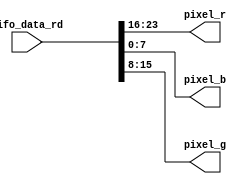
`timescale 1ns / 1ps
//////////////////////////////////////////////////////////////////////////////////
// Company: 
// Engineer: 
// 
// Design Name: 
// Module Name:    RD_FIFO 
// Project Name: 
// Target Devices: 
// Tool versions: 
// Description: 
//
// Dependencies: 
//
// Revision: 
// Revision 0.01 - File Created
// Additional Comments: 
//
//////////////////////////////////////////////////////////////////////////////////
module RD_FIFO(
	fifo_data_rd,
	pixel_r,
	pixel_b,
	pixel_g
    );

  input [23:0] fifo_data_rd;
  output [7:0] pixel_r;
  output [7:0] pixel_g;
  output [7:0] pixel_b;
  
  assign pixel_r = fifo_data_rd[23:16];
  assign pixel_g = fifo_data_rd[15:8];
  assign pixel_b = fifo_data_rd[7:0];

endmodule